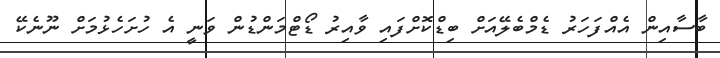
ބާސާއިން އެއްފަހަރު ޑެމްބެލޭއަށް ބިޑްކޮށްފައި ވާއިރު ޑޯޓްމަންޑުން ވަނީ އެ ހުށަހެޅުމަށް ނޫނެކޭ